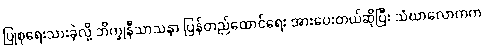
ပြုစုရေးသားခဲ့လို့ ဘိက္ခုနီသာသနာ ပြန်တည်ထောင်ရေး အားပေးတယ်ဆိုပြီး သံဃာလောကက